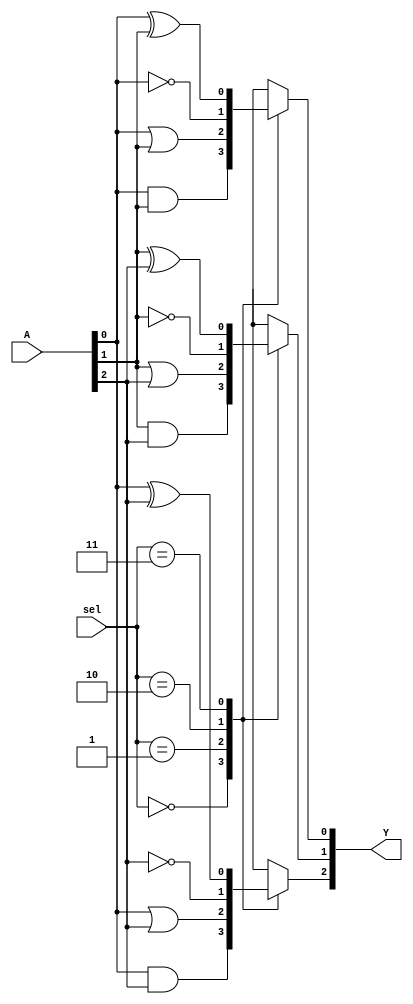
module combinational_logic_block (
    input [2:0] A,         // Input signals (3-bit)
    input [1:0] sel,       // Selector for function (00: AND, 01: OR, 10: NOT, 11: XOR)
    output reg [2:0] Y     // Output signals (3-bit)
);

always @(*) begin
    case(sel)
        2'b00: begin  // AND Operation
            Y[0] = A[0] & A[1];
            Y[1] = A[1] & A[2];
            Y[2] = A[0] & A[2];
        end
        2'b01: begin  // OR Operation
            Y[0] = A[0] | A[1];
            Y[1] = A[1] | A[2];
            Y[2] = A[0] | A[2];
        end
        2'b10: begin  // NOT Operation
            Y[0] = ~A[0];
            Y[1] = ~A[1];
            Y[2] = ~A[2];
        end
        2'b11: begin  // XOR Operation
            Y[0] = A[0] ^ A[1];
            Y[1] = A[1] ^ A[2];
            Y[2] = A[0] ^ A[2];
        end
        default: begin
            Y = 3'b000; // Default case to avoid latches
        end
    endcase
end

endmodule